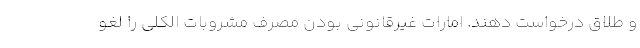
و طلاق درخواست دهند. امارات غیرقانونی بودن مصرف مشروبات الکلی را لغو